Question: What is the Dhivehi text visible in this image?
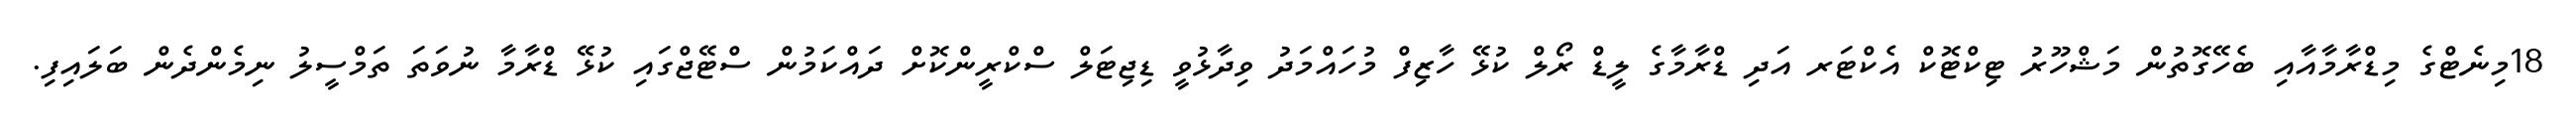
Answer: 18މިނެޓްގެ މިޑްރާމާއާއި ބެހޭގޮތުން މަޝްހޫރު ޓިކްޓޮކް އެކްޓަރ އަދި ޑްރާމާގެ ލީޑް ރޯލް ކުޅޭ ހާޒިފް މުހައްމަދު ވިދާޅުވީ ޑިޖިޓަލް ސްކްރީންކޮށް ދައްކަމުން ސްޓޭޖްގައި ކުޅޭ ޑްރާމާ ނުވަތަ ތަމްސީލު ނިމެންދެން ބަލައިފި.